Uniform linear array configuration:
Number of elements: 4
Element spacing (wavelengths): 0.5
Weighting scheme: hann
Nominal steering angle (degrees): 15
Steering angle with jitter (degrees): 14.025
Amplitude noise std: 0.05
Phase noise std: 0.05

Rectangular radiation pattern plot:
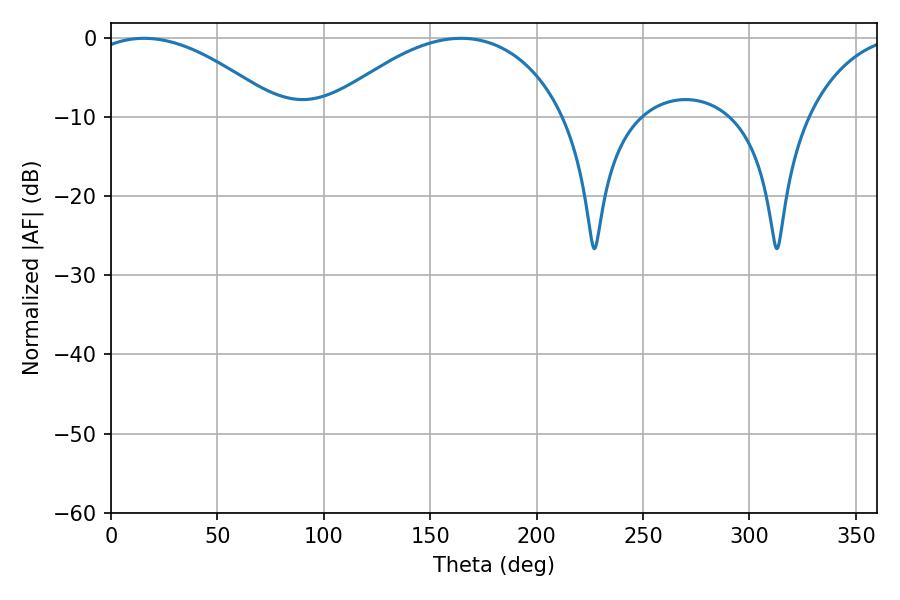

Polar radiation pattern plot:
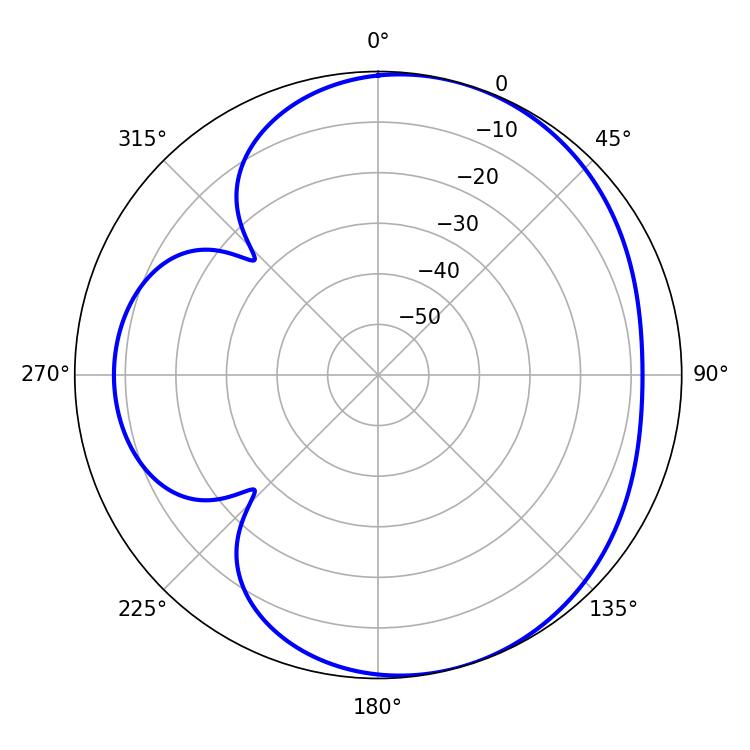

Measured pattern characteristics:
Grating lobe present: FALSE
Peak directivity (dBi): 4.788
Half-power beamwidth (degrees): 50.04
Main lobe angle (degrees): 15.48